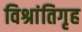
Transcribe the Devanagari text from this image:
विश्रांतिगृह